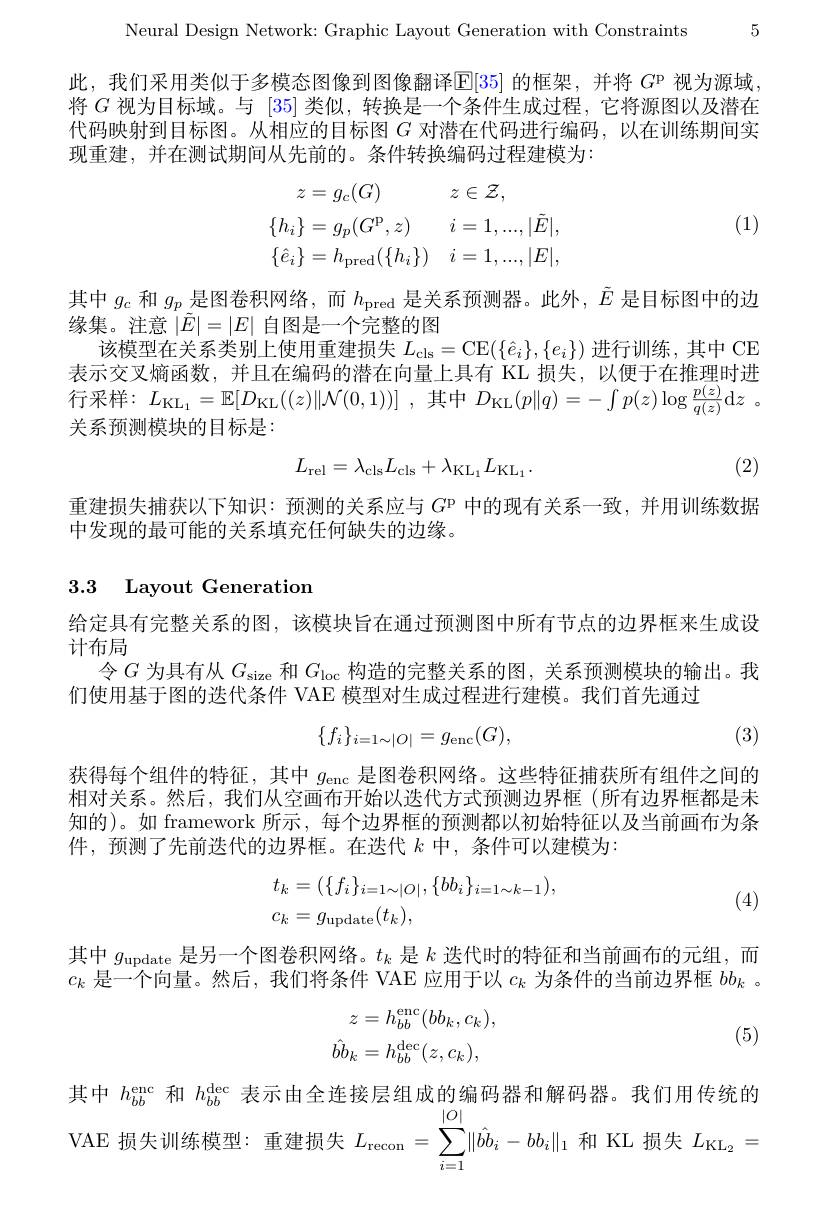
Neural Design Network: Graphic Layout Generation with Constraints 5

此，我们采用类似于多模态图像到图像翻译$\mathbb{E}[35]$的框架，并将$G^\mathrm{p}$视为源域将$G$视为目标域。与 [35]类似，转换是一个条件生成过程，它将源图以及潜在代码映射到目标图。从相应的目标图$G$对潜在代码进行编码，以在训练期间实现重建，并在测试期间从先前的。条件转换编码过程建模为：
$$\begin{aligned}z&=g_{c}(G)&&z\in\mathcal{Z},\\\{h_{i}\}&=g_{p}(G^{\mathrm{P}},z)&&i=1,...,|\tilde{E}|,\\\{\hat{e}_{i}\}&=h_{\mathrm{pred}}(\{h_{i}\})&&i=1,...,|E|,\end{aligned}$$
(1)

其中$g_c$和$g_p$是图卷积网络，而$h_\mathrm{pred}$是关系预测器。此外，$\tilde{E}$是目标图中的边
缘集。注意$|\tilde{E}|=|E|$自图是一个完整的图
该模型在关系类别上使用重建损失$L_\mathrm{cls}=$CE$(\{\hat{e}_i\},\{e_i\})$进行训练，其中 CE 表示交叉熵函数，并且在编码的潜在向量上具有 KL 损失，以便于在推理时进行采样：$L_{\mathrm{KL}_{1}}= \mathbb{E} [ D_{\mathrm{KL}}( ( z) \| \mathcal{N} ( 0, 1) ) ]$,其中$D_\mathrm{KL}(p\|q)=-\int p(z)\log\frac{p(\overline{z})}{q(z)}$d$z$。关系预测模块的目标是：

(2)
$$L_{\mathrm{rel}}=\lambda_{\mathrm{cls}}L_{\mathrm{cls}}+\lambda_{\mathrm{KL}_{1}}L_{\mathrm{KL}_{1}}.$$
重建损失捕获以下知识：预测的关系应与$G^\mathrm{p}$中的现有关系一致，并用训练数据
中发现的最可能的关系填充任何缺失的边缘。

### 3.3 Layout Generation

给定具有完整关系的图，该模块旨在通过预测图中所有节点的边界框来生成设
计布局
令$G$为具有从$G_\mathrm{size}$和$G_\mathrm{loc}$构造的完整关系的图，关系预测模块的输出。我
们使用基于图的迭代条件 VAE 模型对生成过程进行建模。我们首先通过
$$\{f_i\}_{i=1\sim|O|}=g_{\mathrm{enc}}(G),$$
(3)

获得每个组件的特征，其中$g_\mathrm{enc}$是图卷积网络。这些特征捕获所有组件之间的相对关系。然后，我们从空画布开始以迭代方式预测边界框(所有边界框都是未知的)。如 framework 所示，每个边界框的预测都以初始特征以及当前画布为条件，预测了先前迭代的边界框。在迭代$k$中，条件可以建模为：
$$\begin{aligned}&t_{k}=(\{f_{i}\}_{i=1\sim|O|},\{bb_{i}\}_{i=1\sim k-1}),\\&c_{k}=g_{\mathrm{update}}(t_{k}),\end{aligned}$$
(4)

其中$g_\mathrm{update}$是另一个图卷积网络。$t_k$是$k$迭代时的特征和当前画布的元组，而$c_k$是一个向量。然后，我们将条件 VAE 应用于以$c_k$为条件的当前边界框$bb_k$ 。
$$z=h_{bb}^{\mathrm{enc}}(bb_{k},c_{k}),\\\hat{bb}_{k}=h_{bb}^{\mathrm{dec}}(z,c_{k}),$$
(5)

其中$h_{bb}^\mathrm{enc}$和$h_{bb}^\mathrm{dec}$表示由全连接层组成的编码器和解码器。我们用传统的VAE 损失训练模型：重建损失$L_\mathrm{recon}=\sum_{i=1}^{|O|}\|\hat{b}b_{i}-bb_{i}\|_{1}$和 KL 损失$L_\mathrm{KL_{2}}=$